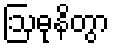
ဩဓုနိတွာ